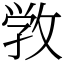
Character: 敩